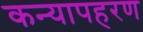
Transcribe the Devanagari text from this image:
कन्यापहरण